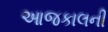
આજકાલની